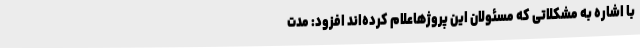
با اشاره به مشکلاتی که مسئولان این پروژهاعلام کرده‌اند افزود: مدت